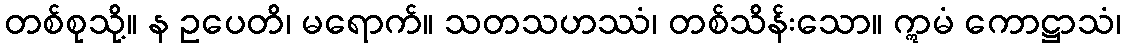
တစ်စုသို့။ န ဥပေတိ၊ မရောက်။ သတသဟဿံ၊ တစ်သိန်းသော။ ဣမံ ကောဋ္ဌာသံ၊